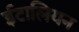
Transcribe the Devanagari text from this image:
ईटालियन